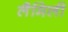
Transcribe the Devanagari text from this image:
लैमिली